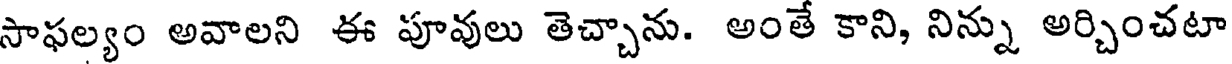
సాఫల్యం అవాలని ఈ పూవులు తెచ్చాను. అంతే కాని, నిన్ను అర్చించటా